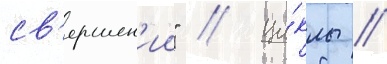
св'ершен'ии" // Ци́клы //